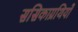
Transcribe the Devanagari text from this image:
ससिकाग्रथियों